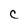
Character: C